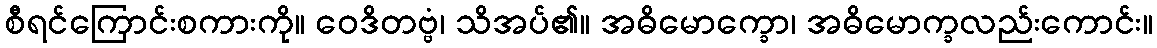
စီရင်ကြောင်းစကားကို။ ဝေဒိတဗ္ဗံ၊ သိအပ်၏။ အဓိမောက္ခော၊ အဓိမောက္ခလည်းကောင်း။